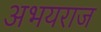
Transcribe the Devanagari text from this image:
अभयराज